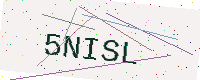
Text: 5NISL